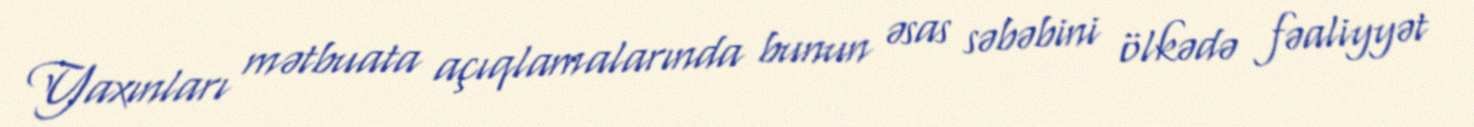
Yaxınları mətbuata açıqlamalarında bunun əsas səbəbini ölkədə fəaliyyət